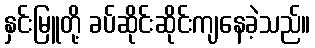
နှင်းမြူတို့ ခပ်ဆိုင်းဆိုင်းကျနေခဲ့သည်။